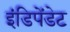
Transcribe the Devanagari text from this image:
इंडिपेंडेट